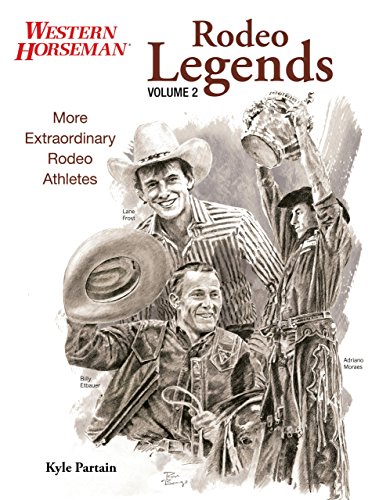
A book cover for Rodeo Legends: More Extraordinary Rodeo Athletes (Western Horseman Books) (Volume 2); Kyle Partain; Sports & Outdoors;